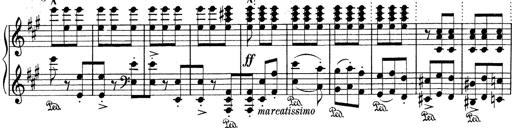
Title: Mephisto Waltz No.1
Composer: Franz Liszt